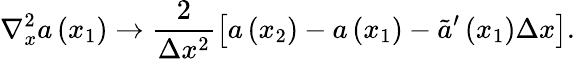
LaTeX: \nabla_{x}^{2}a\left(x_{1}\right)\rightarrow\frac{2}{\Delta x^{2}}\left[a\left(x_{2}\right)-a\left(x_{1}\right)-\tilde{a}^{\prime}\left(x_{1}\right)\Delta x\right].